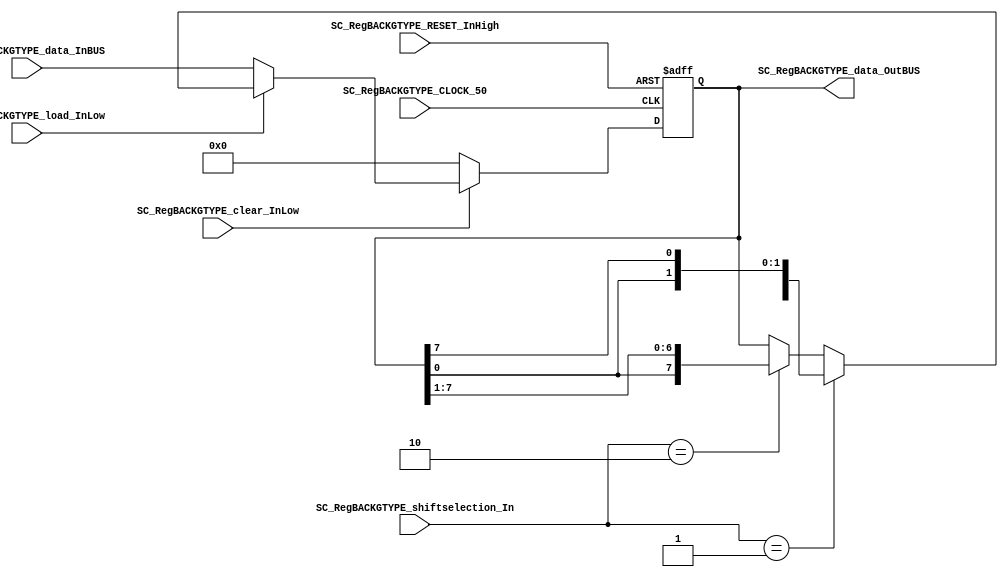
/*######################################################################
//#	G0B1T: HDL EXAMPLES. 2018.
//######################################################################
//# Copyright (C) 2018. F.E.Segura-Quijano (FES) fsegura@uniandes.edu.co
//# 
//# This program is free software: you can redistribute it and/or modify
//# it under the terms of the GNU General Public License as published by
//# the Free Software Foundation, version 3 of the License.
//#
//# This program is distributed in the hope that it will be useful,
//# but WITHOUT ANY WARRANTY; without even the implied warranty of
//# MERCHANTABILITY or FITNESS FOR A PARTICULAR PURPOSE.  See the
//# GNU General Public License for more details.
//#
//# You should have received a copy of the GNU General Public License
//# along with this program.  If not, see <http://www.gnu.org/licenses/>
//####################################################################*/
//=======================================================
//  MODULE Definition
//=======================================================
module SC_RegBACKGTYPE #(parameter RegBACKGTYPE_DATAWIDTH=8, parameter DATA_FIXED_INITREGBACKG=8'b00000000)(
	//////////// OUTPUTS //////////
	SC_RegBACKGTYPE_data_OutBUS,
	//////////// INPUTS //////////
	SC_RegBACKGTYPE_CLOCK_50,
	SC_RegBACKGTYPE_RESET_InHigh,
	SC_RegBACKGTYPE_clear_InLow, 
	SC_RegBACKGTYPE_load_InLow, 
	SC_RegBACKGTYPE_shiftselection_In,
	SC_RegBACKGTYPE_data_InBUS
);
//=======================================================
//  PARAMETER declarations
//=======================================================

//=======================================================
//  PORT declarations
//=======================================================
output		[RegBACKGTYPE_DATAWIDTH-1:0]	SC_RegBACKGTYPE_data_OutBUS;
input		SC_RegBACKGTYPE_CLOCK_50;
input		SC_RegBACKGTYPE_RESET_InHigh;
input		SC_RegBACKGTYPE_clear_InLow;
input		SC_RegBACKGTYPE_load_InLow;	
input		[1:0] SC_RegBACKGTYPE_shiftselection_In;
input		[RegBACKGTYPE_DATAWIDTH-1:0]	SC_RegBACKGTYPE_data_InBUS;

//=======================================================
//  REG/WIRE declarations
//=======================================================
reg [RegBACKGTYPE_DATAWIDTH-1:0] RegBACKGTYPE_Register;
reg [RegBACKGTYPE_DATAWIDTH-1:0] RegBACKGTYPE_Signal;
//=======================================================
//  Structural coding
//=======================================================
//INPUT LOGIC: COMBINATIONAL
always @(*)
begin
	if (SC_RegBACKGTYPE_clear_InLow == 1'b0)
		RegBACKGTYPE_Signal = DATA_FIXED_INITREGBACKG;
	else if (SC_RegBACKGTYPE_load_InLow == 1'b0)
		RegBACKGTYPE_Signal = SC_RegBACKGTYPE_data_InBUS;
	else if (SC_RegBACKGTYPE_shiftselection_In == 2'b01)
		RegBACKGTYPE_Signal = {RegBACKGTYPE_Register[RegBACKGTYPE_DATAWIDTH-2:0],RegBACKGTYPE_Register[RegBACKGTYPE_DATAWIDTH-1]};
	else if (SC_RegBACKGTYPE_shiftselection_In== 2'b10)
		RegBACKGTYPE_Signal = {RegBACKGTYPE_Register[0],RegBACKGTYPE_Register[RegBACKGTYPE_DATAWIDTH-1:1]};
	else
		RegBACKGTYPE_Signal = RegBACKGTYPE_Register;
	end	
//STATE REGISTER: SEQUENTIAL
always @(posedge SC_RegBACKGTYPE_CLOCK_50, posedge SC_RegBACKGTYPE_RESET_InHigh)
begin
	if (SC_RegBACKGTYPE_RESET_InHigh == 1'b1)
		RegBACKGTYPE_Register <= 0;
	else
		RegBACKGTYPE_Register <= RegBACKGTYPE_Signal;
end
//=======================================================
//  Outputs
//=======================================================
//OUTPUT LOGIC: COMBINATIONAL
assign SC_RegBACKGTYPE_data_OutBUS = RegBACKGTYPE_Register;

endmodule